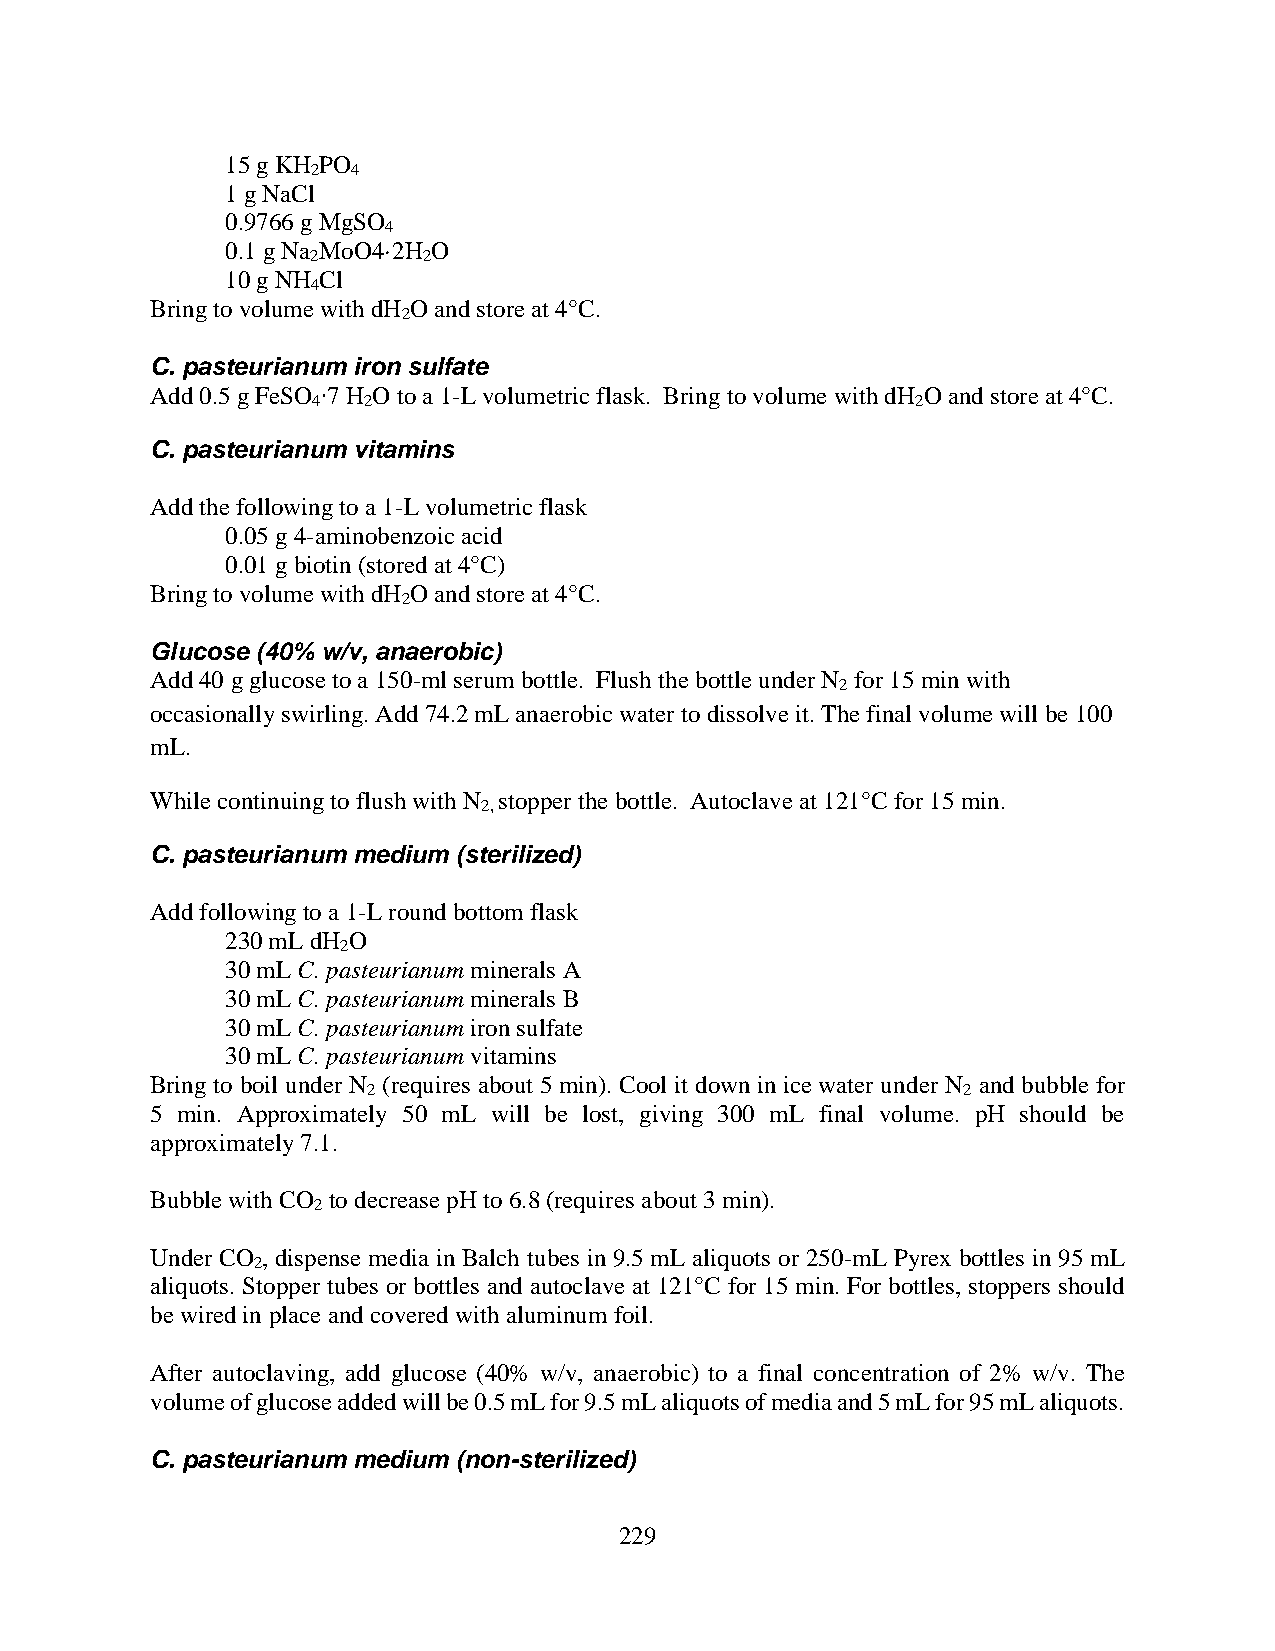
15 g KH PO
 2 4
 1 g NaCl
 0.9766 g MgSO
 4
 0.1 g Na MoO4·2H O
 2      2
 10 g NH Cl
 4
 Bring to volume with dH O and store at 4°C.
 2
 C. pasteurianum iron sulfate
 Add 0.5 g FeSO ∙7 H O to a 1-L volumetric flask. Bring to volume with dH O and store at 4°C.
 4  2                                    2
 C. pasteurianum vitamins
 Add the following to a 1-L volumetric flask
 0.05 g 4-aminobenzoic acid
 0.01 g biotin (stored at 4°C)
 Bring to volume with dH O and store at 4°C.
 2
 Glucose (40% w/v, anaerobic)
 Add 40 g glucose to a 150-ml serum bottle. Flush the bottle under N for 15 min with
 2
 occasionally swirling. Add 74.2 mL anaerobic water to dissolve it. The final volume will be 100
 mL.
 While continuing to flush with N stopper the bottle. Autoclave at 121°C for 15 min.
 2,
 C. pasteurianum medium (sterilized)
 Add following to a 1-L round bottom flask
 230 mL dH O
 2
 30 mL C. pasteurianum minerals A
 30 mL C. pasteurianum minerals B
 30 mL C. pasteurianum iron sulfate
 30 mL C. pasteurianum vitamins
 Bring to boil under N (requires about 5 min). Cool it down in ice water under N and bubble for
 2                                       2
 5 min. Approximately 50 mL will be lost, giving 300 mL final volume. pH should be
 approximately 7.1.
 Bubble with CO to decrease pH to 6.8 (requires about 3 min).
 2
 Under CO , dispense media in Balch tubes in 9.5 mL aliquots or 250-mL Pyrex bottles in 95 mL
 2
 aliquots. Stopper tubes or bottles and autoclave at 121°C for 15 min. For bottles, stoppers should
 be wired in place and covered with aluminum foil.
 After autoclaving, add glucose (40% w/v, anaerobic) to a final concentration of 2% w/v. The
 volume of glucose added will be 0.5 mL for 9.5 mL aliquots of media and 5 mL for 95 mL aliquots.
 C. pasteurianum medium (non-sterilized)
 229